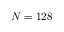
N = 1 2 8